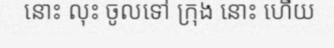
នោះ លុះ ចូលទៅ ក្រុង នោះ ហើយ